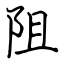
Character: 阻